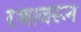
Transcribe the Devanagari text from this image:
रथावरून